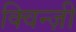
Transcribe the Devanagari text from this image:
क्विन्ज़ी